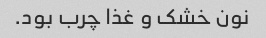
نون خشک و غذا چرب بود.